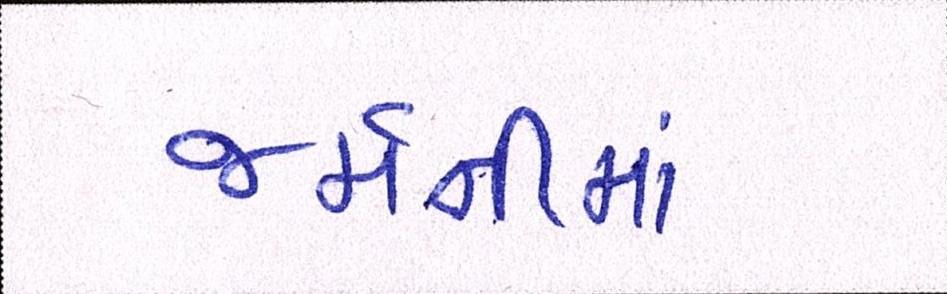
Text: જર્મનીમાં